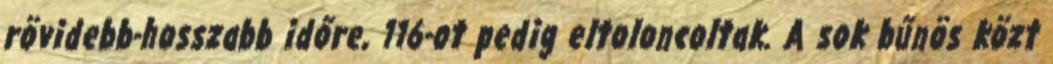
rövidebb-hosszabb időre, 116-ot pedig eltoloncoltak. A sok bűnös közt